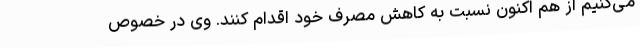
می‌کنیم از هم اکنون نسبت به کاهش مصرف خود اقدام کنند. وی در خصوص